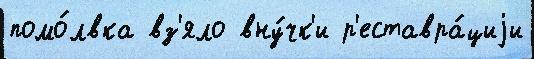
помо́лвка вз'яло вну́чк'и р'еставра́циjи